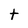
Character: t